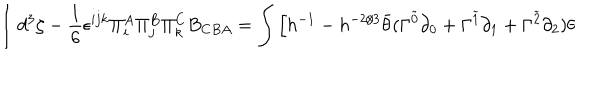
\int d ^ { 3 } \zeta - \frac { 1 } { 6 } \epsilon ^ { i j k } \Pi _ { i } ^ { A } \Pi _ { j } ^ { B } \Pi _ { k } ^ { C } B _ { C B A } = \int \Big [ h ^ { - 1 } - h ^ { - 2 / 3 } \bar { \theta } ( \Gamma ^ { \tilde { 0 } } \partial _ { 0 } + \Gamma ^ { \tilde { 1 } } \partial _ { 1 } + \Gamma ^ { \tilde { 2 } } \partial _ { 2 } ) \theta